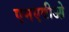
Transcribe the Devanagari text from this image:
एमएवीओ